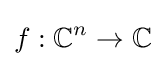
f:\mathbb {C} ^{n}\to \mathbb {C}